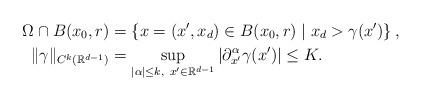
LaTeX: \begin{align*}\Omega\cap B(x_0,r)&=\left\{x=(x',x_d)\in B(x_0,r)\mid x_d>\gamma(x')\right\}, \\\|\gamma\|_{C^k(\mathbb{R}^{d-1})}&=\displaystyle\sup_{|\alpha|\le k,~x'\in\mathbb{R}^{d-1}}|\partial_{x'}^\alpha \gamma(x')|\le K. \end{align*}